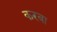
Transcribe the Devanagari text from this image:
करबा